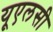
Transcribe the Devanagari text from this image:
यूएलसी